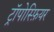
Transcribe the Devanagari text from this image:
ट्रॉपोस्फ़ियर